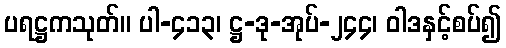
ပရဋ္ဌကသုတ်။ ပါ-၄၁၃၊ ဋ္ဌ-ဒု-အုပ်-၂၄၄၊ ဝါဒနှင့်စပ်၍